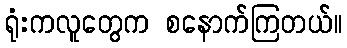
ရုံးကလူတွေက စနောက်ကြတယ်။